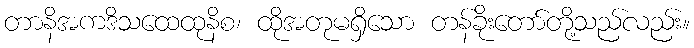
တာနိအကဒိသထေထုနိစ၊ ထိုအတုမရှိသော တန်ခိုးတော်တို့သည်လည်း။